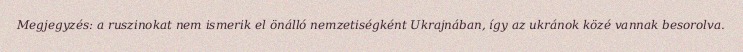
Megjegyzés: a ruszinokat nem ismerik el önálló nemzetiségként Ukrajnában, így az ukránok közé vannak besorolva.